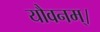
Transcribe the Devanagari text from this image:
यौवनम्।